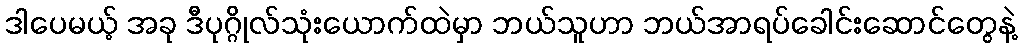
ဒါပေမယ့် အခု ဒီပုဂ္ဂိုလ်သုံးယောက်ထဲမှာ ဘယ်သူဟာ ဘယ်အာရပ်ခေါင်းဆောင်တွေနဲ့